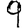
Digit: 9